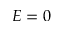
E = 0